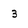
Character: 3